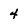
Character: 4